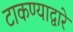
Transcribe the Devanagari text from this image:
टाकण्याद्वारे